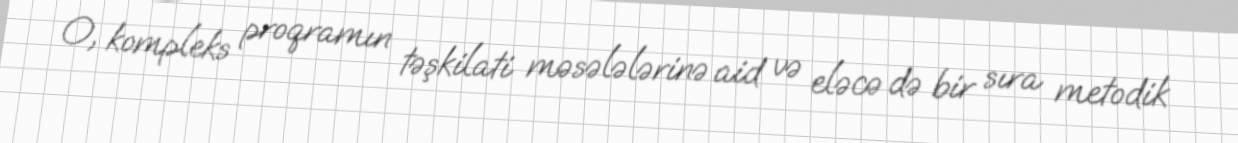
O, kompleks proqramın təşkilati məsələlərinə aid və eləcə də bir sıra metodik